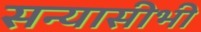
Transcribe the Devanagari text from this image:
सन्यासीभी